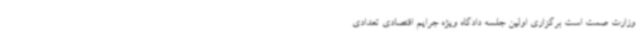
وزارت صمت است برگزاری اولین جلسه دادگاه ویژه جرایم اقتصادی تعدادی